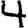
Digit: 4